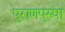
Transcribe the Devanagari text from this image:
पुराणपुरुषा